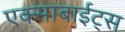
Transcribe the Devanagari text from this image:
एक्साबाईट्स